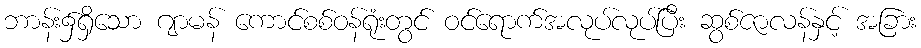
ဘာန်း၌ရှိသော ဂျာမန် ကောင်စစ်ဝန်ရုံးတွင် ဝင်ရောက်အလုပ်လုပ်ပြီး ဆွစ်ဇာလန်နှင့် အခြား